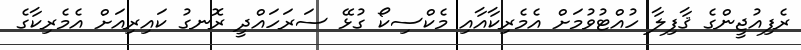
ރެފިއުޖީންގެ ޤާފިލާ ހުއްޓުވުމަށް އެމެރިކާއާއި މެކްސިކޯ ގުޅޭ ސަރަހައްދީ ރޮނގު ކައިރިއަށް އެމެރިކާގެ